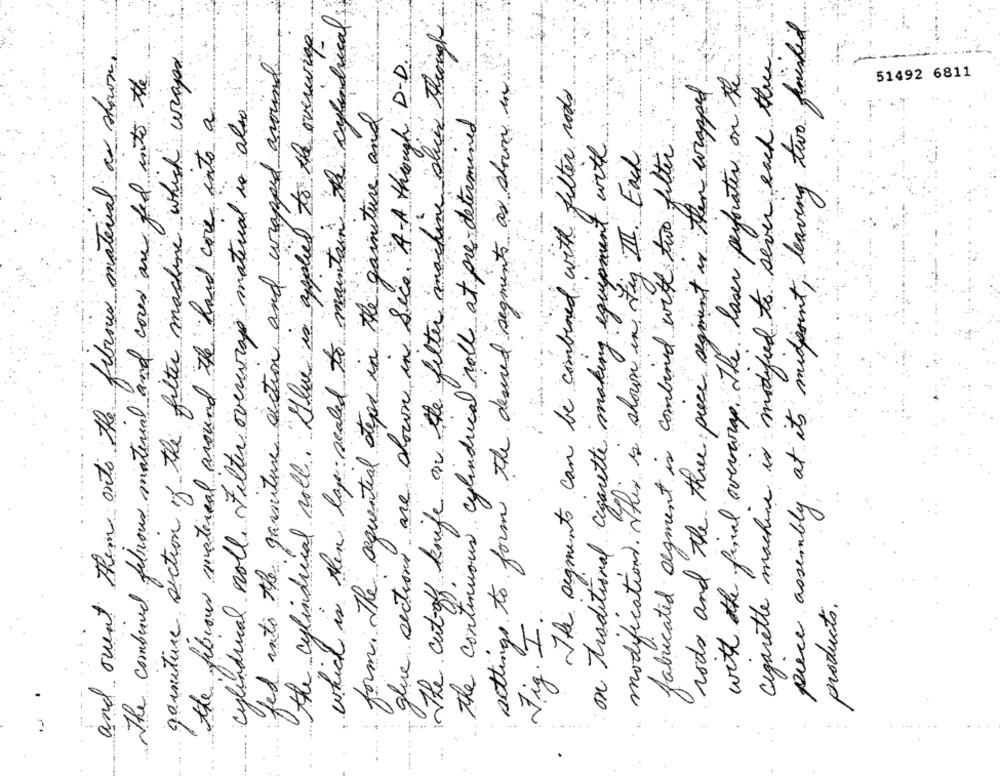
which is then lap sealed to maintain the cylindrical;
piece assembly at its midpoint, leaving two finished
The cut-off knife on the filter machine slices through
the cylindrical roll. "Olive is applied to the overwing
settings to form the desired segments as shown u.
cigarette machine is modified to seven each the
and ovent them onto the fibrous material as shown.
garniture section of the filter machine which wraps
cylindrical noll. Filter overwrap material is also
fed into the garniture section and wrapped around.
glue sections are down in Sico. A-A through D.D.
The combined fibrous material and cover are fed into the
with the final overwrap. The laser perforater on the
the fibrous material around the hard core into a
rods and the three piece segment is then wrapped
51492 6811
The segments can be combined with filter rods
form. The sequential steps in the garniture and
the continuous cylindrical roll at pre-determined
on traditional cigarette making equipment with
fabricated segment is combined with two filter
modifications . This is shown in Fig III . Each
products.
Vig. I.